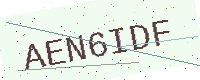
Text: AEN6IDF